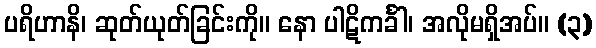
ပရိဟာနိ၊ ဆုတ်ယုတ်ခြင်းကို။ နော ပါဋိကင်္ခါ၊ အလိုမရှိအပ်။ (၃)